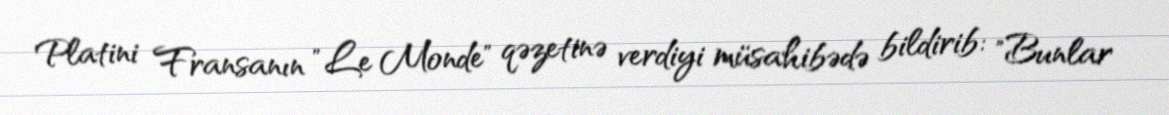
Platini Fransanın "Le Monde" qəzetinə verdiyi müsahibədə bildirib: "Bunlar